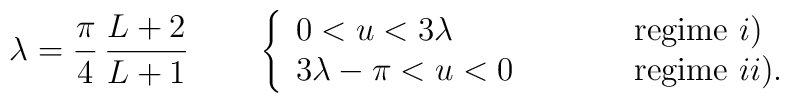
\lambda = \frac{\pi}{4} \, \frac{L+2}{L+1}\qquad\left\{\begin{array}{lll}0<u<3\lambda   & \qquad & \mbox{regime } i) \\3\lambda-\pi<u<0   & \qquad & \mbox{regime } ii) .\end{array}\right.